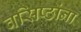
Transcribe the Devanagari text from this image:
वसिष्ठांना